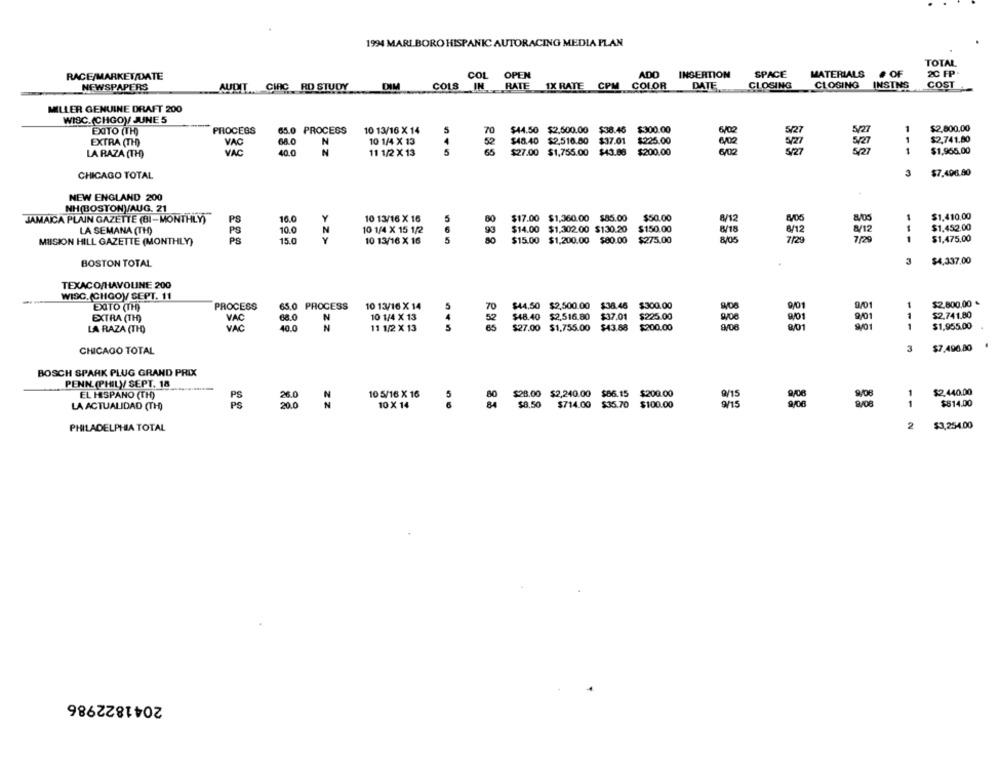
1994 MARLBORO HISPANIC AUTORACING MEDIA PLAN
TOTAL
RACE/MARKET/DATE
COL OPEN
ADD
INSERTION
SPACE
MATERIALS
# OF
2C FP.
RATE 1X RATE CPM
COLOR
DATE
CLOSING
CLOSING
INSTNS
COST
NEWSPAPERS
AUDIT CIRC RD STUDY
DIM
COLS IN
MILLER GENUINE DRAFT 200
WISC. (CHGO) JUNE 5
EXITO (TH)
PROCESS
65.0 PROCESS
10 13/16 X 14
70
$44.50 $2,500.00 $38.46 $300.00
$2,800.00
EXTRA (TH)
VAC
68.0
N
10 1/4 X 13
4
52
$48.40 $2,516.80 $37.01 $225.00
$2,741.80
LA RAZA (TH)
VAC
40.0
N
11 1/2 X 13
5
65
$27.00 $1,755.00 $43.86 $200.00
$1,965.00
CHICAGO TOTAL
3
$7.408.80
NEW ENGLAND 200
NH(BOSTON)/AUG. 21
JAMAICA PLAIN GAZETTE (BI-MONTHLY)
PS
16.0
10 13/16 X 16
5
80
$17.00 $1,360.00 $85.00
$50.00
8/12
1
$1.410,00
LA SEMANA (TH)
10.0
N
10 1/4 X 15 1/2
93
$14.00 $1,302.00 $130.20 $150.00
1
$1.452.00
PS
Y
8/18
1
$1,475,00
MIISION HILL GAZETTE (MONTHLY)
15.0
10 13/16 X 16
5
$15.00 $1,200.00 $80.00 $275.00
8/05
3
$4,337.00
BOSTON TOTAL
TEXACO/HAVOLINE 200
WISC. (CHGOV SEPT. 11
EXATO (TH)
PROCESS
65.0 PROCESS
10 13/16 X 14
$44,50 $2,500.00 $38.46 $300.00
1
$2.800.00 *
5
$2.741.80
EXTRA (TH)
VAC
68.0
N
10 1/4 X 13
4
$48.40 $2.516.80 $37.01 $225.00
901
9/01
LA RAZA (TH)
VAC
40.0
N
11 1/2 X 13
$27.00 $1,755.00 $43.88 $200.00
801
$1,955.00
CHICAGO TOTAL
3
$7.496.80
BOSCH SPARK PLUG GRAND PRIX
PENN (PHILY SEPT. 18
$2.440.00
EL HISPANO (TH)
10 5/16 X 16
5
$28.00 $2,240.00 $66.15 $200.00
1
LA ACTUALIDAD (TH)
PS
20.0
ZZ
10 X 14
$8.50
$714.00 $35.70 $100.00
9/15
9/08
1
$814.00
PHILADELPHIA TOTAL
2
$3,254.00
2041822986